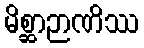
မိစ္ဆာဉာဏိဿ